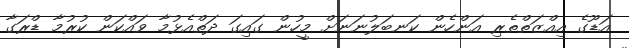
އަޑޫގެ އިއްޒަތްތެރި އަންހެން ކަނބަލުނަނަށް މީހުން ގައިގަ ދަތްއެޅުމާ ވައްކަން ކުރުމާ ޑްރަގާ